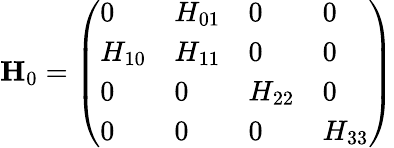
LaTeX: \mathbf{H}_{0}=\left(\begin{array}{llll}{0}&{H_{01}}&{0}&{0}\\ {H_{10}}&{H_{11}}&{0}&{0}\\ {0}&{0}&{H_{22}}&{0}\\ {0}&{0}&{0}&{H_{33}}\end{array}\right)